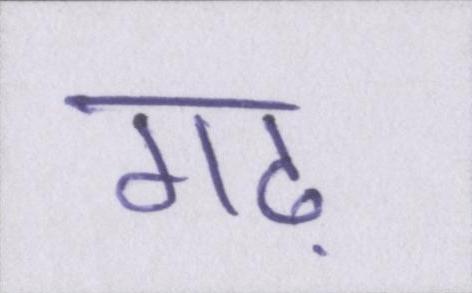
गढ़